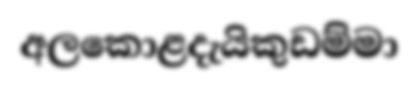
අලකොළදැයිකුඩම්මා